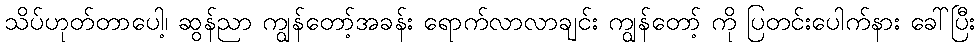
သိပ်ဟုတ်တာပေါ့၊ ဆွန်ညာ ကျွန်တော့်အခန်း ရောက်လာလာချင်း ကျွန်တော့် ကို ပြတင်းပေါက်နား ခေါ်ပြီး